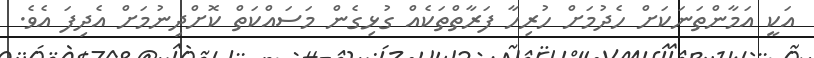
އަކީ އަމާންތަނަކަށް ހެދުމަށް ހުރިހާ ފަރާތްތަކެއް ގުޅިގެން މަސައްކަތް ކޮށްދިނުމަށް އެދިފަ އެވެ.